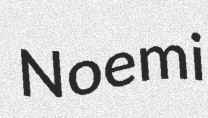
Noemi